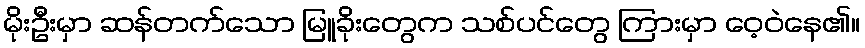
မိုးဦးမှာ ဆန်တက်သော မြူခိုးတွေက သစ်ပင်တွေ ကြားမှာ ဝေ့ဝဲနေ၏။